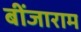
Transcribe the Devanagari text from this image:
बींजाराम